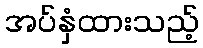
အပ်နှံထားသည့်